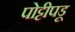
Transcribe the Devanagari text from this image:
पोट्टीपडू